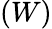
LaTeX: (W)